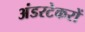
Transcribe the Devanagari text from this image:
अंडरटेकरों